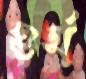
ওর্থ